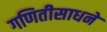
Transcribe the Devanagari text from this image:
गणितीसाधने